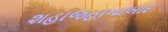
શહાજહાનાબાદ